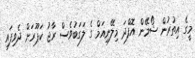
މީގެ އިތުރުން ޝޯމޭން އޮފްދަ މިލޭނިއަމް ގެ ލަގަބުވެސް ރާޖު ކަޕޫރަށް ދެވިފައި